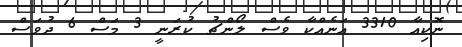
ނޮކިއާ 3310 އަނެއްކާ ވެސް ލޯންޗު ކުރަނީ 3 މަސް 6 ދުވަސް